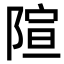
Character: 𫕍